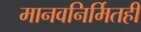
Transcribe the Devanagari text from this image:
मानवनिर्मितही